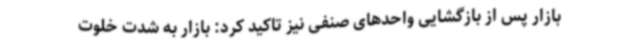
بازار پس از بازگشایی واحدهای صنفی نیز تاکید کرد: بازار به شدت خلوت